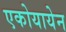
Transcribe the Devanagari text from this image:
एकोयायेन